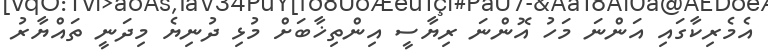
އެމެރިކާގައި އަންނަ މަހު އޮންނަ ރިޔާސީ އިންތިޚާބަށް މުޅި ދުނިޔެ މިދަނީ ތައްޔާރު